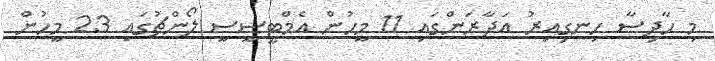
މި ހާދިސާ ހިނގިއިރު އަދާރަންގައި 11 މީހުން އެމްޓީސީސީ ލޯންޗުގައި 23 މީހުން